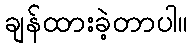
ချန်ထားခဲ့တာပါ။